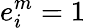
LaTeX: e_{i}^{m}=1